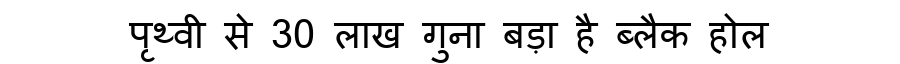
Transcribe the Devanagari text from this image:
पृथ्वी से 30 लाख गुना बड़ा है ब्लैक होल